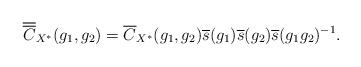
LaTeX: \begin{align*}\overline{\overline{C}}_{X^{\ast}}(g_1,g_2)=\overline{C}_{X^{\ast}}(g_1,g_2)\overline{s}(g_1)\overline{s}(g_2) \overline{s}(g_1g_2)^{-1}.\end{align*}